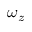
\omega _ { z }